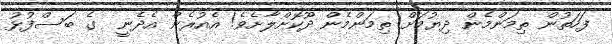
ފަހަތުން ތިމަންމެން ދިޔުމަށް ތިމަންމެން ދޫކޮށްލާށެވެ! އެއުރެން އެދެނީ  ގެ ބަސްފުޅު